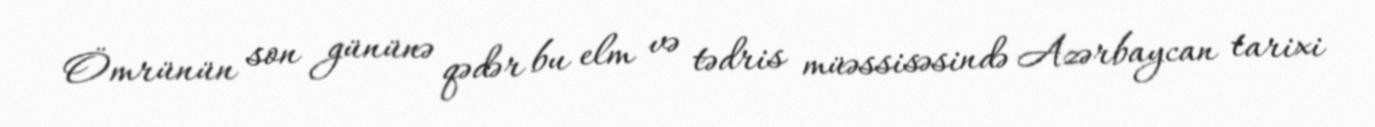
Ömrünün son gününə qədər bu elm və tədris müəssisəsində Azərbaycan tarixi